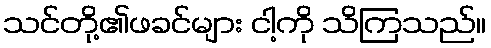
သင်တို့၏ဖခင်များ ငါ့ကို သိကြသည်။